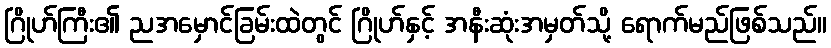
ဂြိုဟ်ကြီး၏ ညအမှောင်ခြမ်းထဲတွင် ဂြိုဟ်နှင့် အနီးဆုံးအမှတ်သို့ ရောက်မည်ဖြစ်သည်။